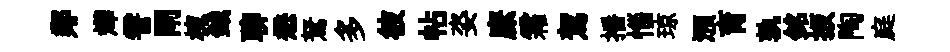
鄰燁霅閘棟鉞聊懋駑多彼帖姿縻霜駕播惱琼澦育孰銘扳陶庭